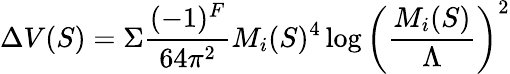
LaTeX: \Delta V(S)=\Sigma{\frac{(-1)^{F}}{64\pi^{2}}}M_{i}(S)^{4}\log\left({\frac{M_{i}(S)}{\Lambda}}\right)^{2}